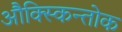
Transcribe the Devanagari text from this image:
औक्स्किन्तोक